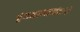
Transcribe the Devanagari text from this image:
रंगनाथानंदांचे